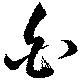
白